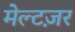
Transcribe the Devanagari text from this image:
मेल्टज़र